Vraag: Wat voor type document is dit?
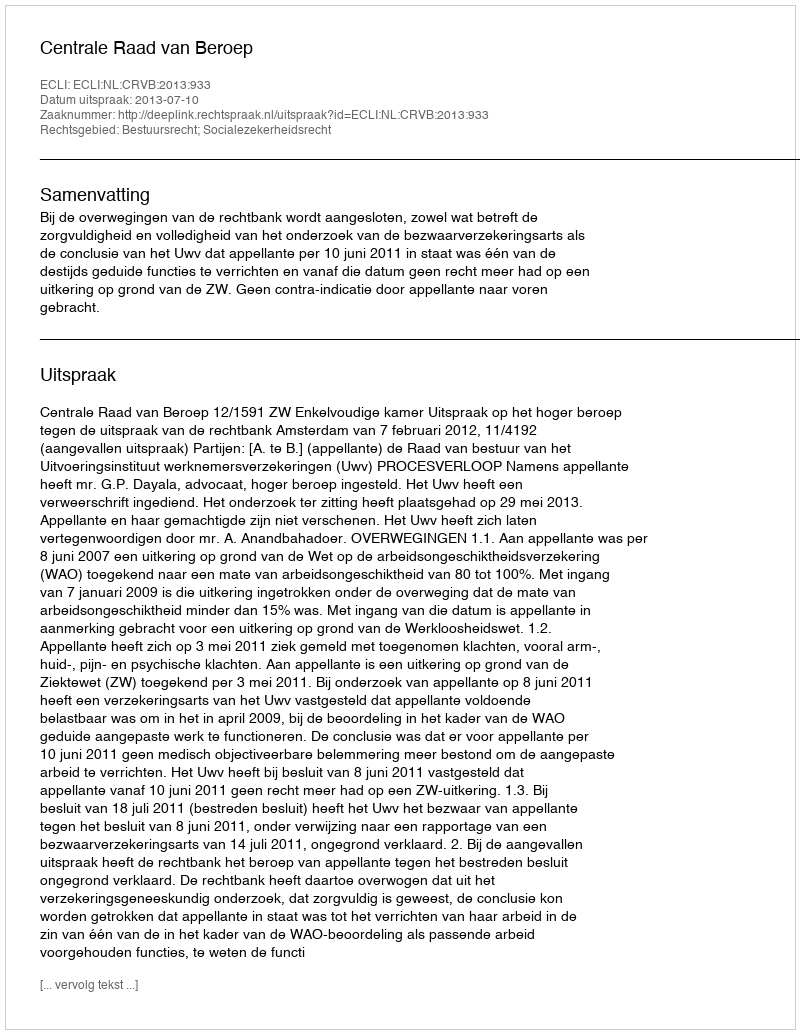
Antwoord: Uitspraak